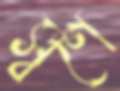
স্বর্ণে